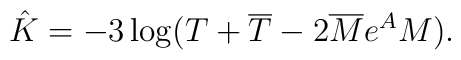
\hat K = -3\log(T+\overline T - 2\overline M e^A M).